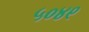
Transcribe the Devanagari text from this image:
५०४९